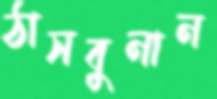
ঠাসবুনান